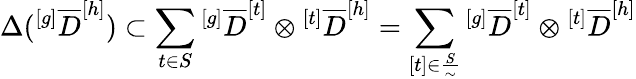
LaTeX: \Delta(^{[g]}{\overline{{D}}}^{[h]})\subset\sum_{t\in S}{^{[g]}{\overline{{D}}}^{[t]}}\otimes{^{[t]}{\overline{{D}}}^{[h]}}=\sum_{[t]\in\frac{S}{\sim}}{^{[g]}{\overline{{D}}}^{[t]}}\otimes{^{[t]}{\overline{{D}}}^{[h]}}